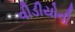
વીડીયોની